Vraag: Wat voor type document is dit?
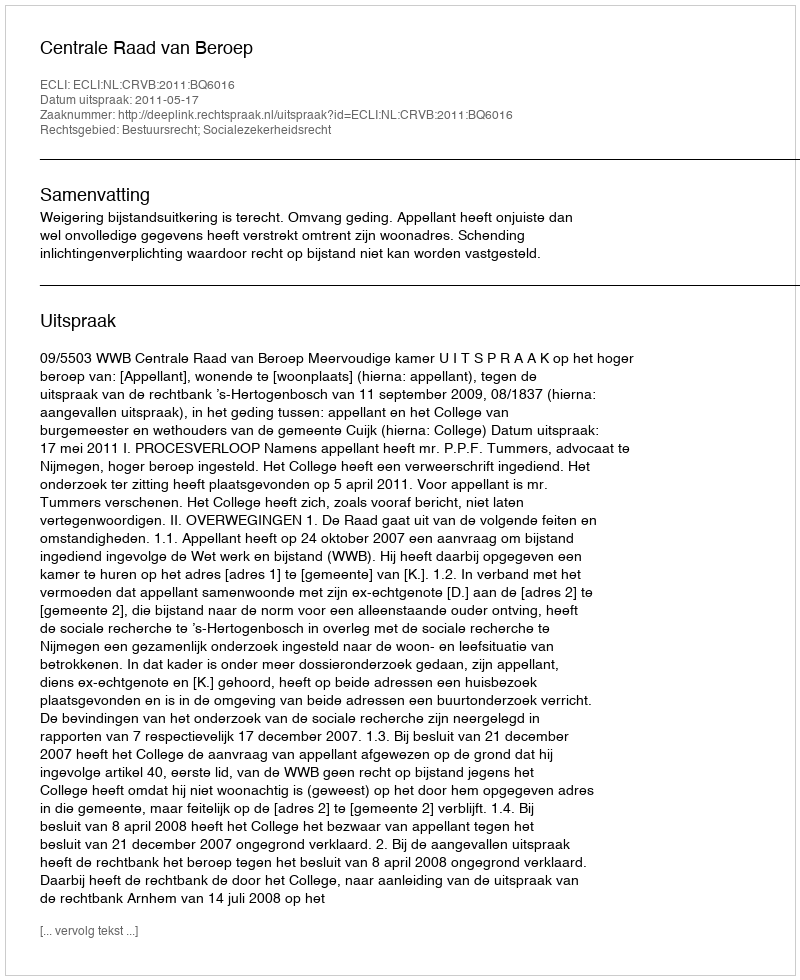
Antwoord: Uitspraak